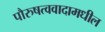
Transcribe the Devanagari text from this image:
पौरुषत्ववादामधील